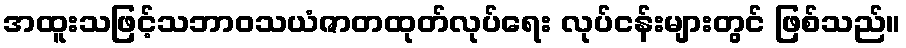
အထူးသဖြင့်သဘာဝသယံဇာတထုတ်လုပ်ရေး လုပ်ငန်းများတွင် ဖြစ်သည်။